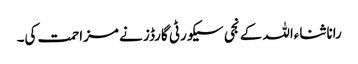
رانا ثناءاللہ کے نجی سیکورٹی گارڈز نے مزاحمت کی۔